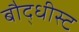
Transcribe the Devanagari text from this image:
बौद्धीस्ट